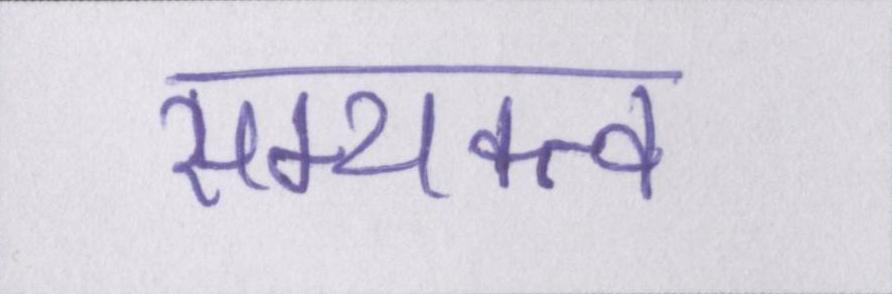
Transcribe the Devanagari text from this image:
सम्यक्त्व